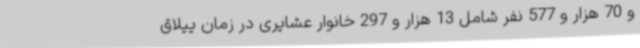
و 70 هزار و 577 نفر شامل 13 هزار و 297 خانوار عشایری در زمان ییلاق